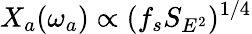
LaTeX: X_{a}(\omega_{a})\propto(f_{s}S_{E^{2}})^{1/4}